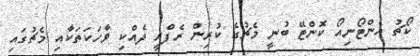
ކޯޗު އެންޓޯނިއޯ ކޮންޓޭ ބުނީ މެޗުގެ ކުރިން ރެފްރީ ދެއްކި ވާހަކަތަކާއި މެޗުގައި